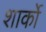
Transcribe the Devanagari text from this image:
शार्को